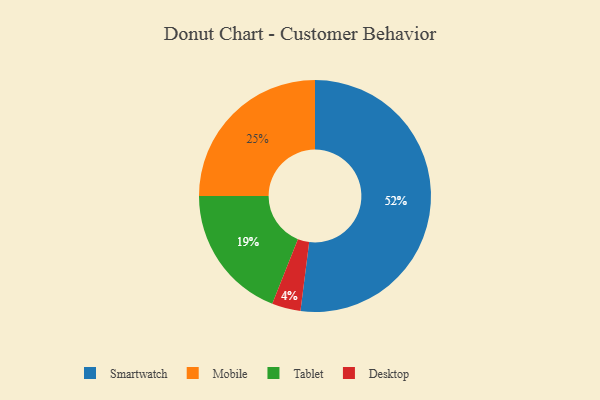
{"axis": {"x": "Category", "y": "Percentage"}, "legend": ["Desktop", "Mobile", "Smartwatch", "Tablet"], "data": [{"x": "Smartwatch", "y": 52, "type": "Smartwatch"}, {"x": "Tablet", "y": 19, "type": "Tablet"}, {"x": "Mobile", "y": 25, "type": "Mobile"}, {"x": "Desktop", "y": 4, "type": "Desktop"}]}